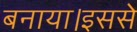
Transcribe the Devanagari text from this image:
बनाया।इससे